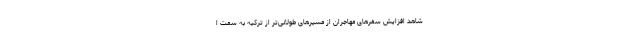
شاهد افزایش سفرهای مهاجران از مسیرهای طولانی‌تر از ترکیه به سمت ا